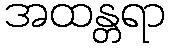
အထန္တရာ